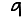
Digit: 9